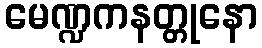
မေဏ္ဍကနတ္တုနော